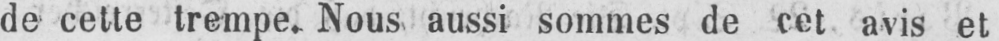
de cette trempe. Nous aussi sommes de cet avis et